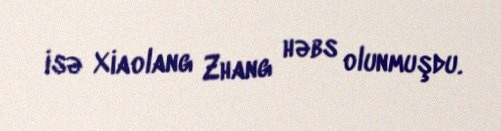
isə Xiaolang Zhang həbs olunmuşdu.